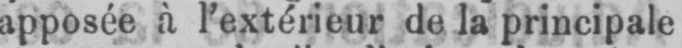
apposée à l’extérieur de la principale